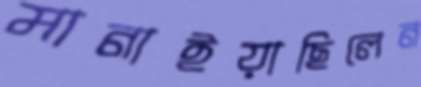
মানাইয়াছিলেন